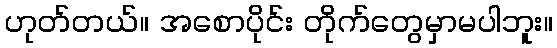
ဟုတ်တယ်။ အစောပိုင်း တိုက်တွေမှာမပါဘူး။